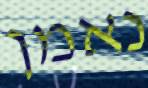
נאמן